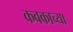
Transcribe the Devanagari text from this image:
कवकाच्या